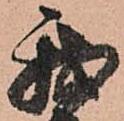
我